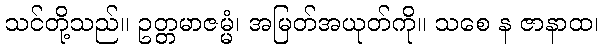
သင်တို့သည်။ ဥတ္တမာဇမ္မံ၊ အမြတ်အယုတ်ကို။ သစေ န ဇာနာထ၊